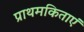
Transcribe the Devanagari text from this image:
प्राथमकिताएं